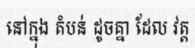
នៅក្នុង តំបន់ ដូចគ្នា ដែល វត្ត